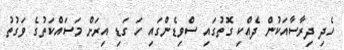
ހެދި ދިރާސާއަކުން ދެއްކި ގޮތުގައި ސްވިޑެންގައި ހަ ގަޑި އިރަށް މަސައްކަތުގެ ވަގުތު